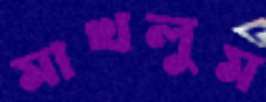
মাখলুম